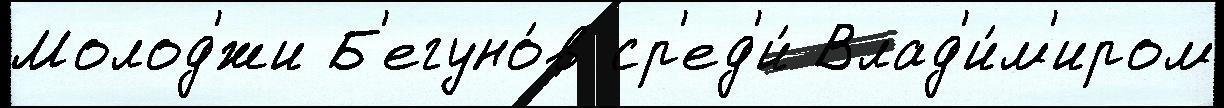
Молод'́жи Б'егуно́в ср'ед'и́ Влад'и́м'иром